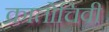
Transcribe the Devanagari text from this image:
क्रातोचिवी